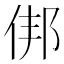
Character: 𬾏